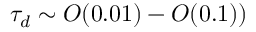
\tau _ { d } \sim { \cal O } ( 0 . 0 1 ) - { \cal O } ( 0 . 1 ) )